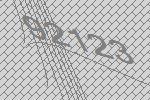
92123